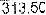
313.50